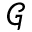
\mathcal { G }